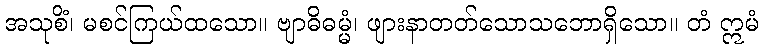
အသုစိံ၊ မစင်ကြယ်ထသော။ ဗျာဓိဓမ္မံ၊ ဖျားနာတတ်သောသဘောရှိသော။ တံ ဣမံ